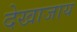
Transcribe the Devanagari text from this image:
देखाजाय